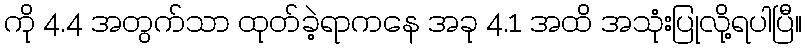
ကို 4.4 အတွက်သာ ထုတ်ခဲ့ရာကနေ အခု 4.1 အထိ အသုံးပြုလို့ရပါပြီ။